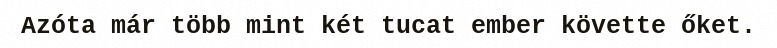
Azóta már több mint két tucat ember követte őket.